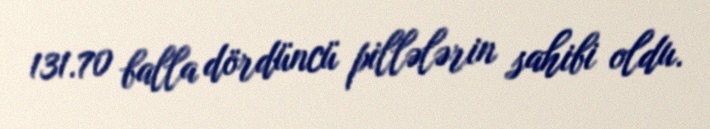
131.70 balla dördüncü pillələrin sahibi oldu.